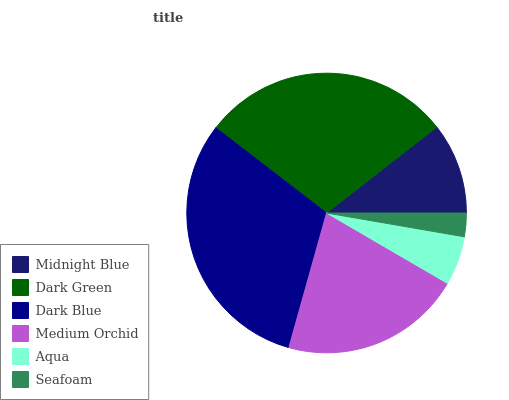
| Midnight Blue | Dark Green | Dark Blue | Medium Orchid | Aqua | Seafoam |
 | --- | --- | --- | --- | --- | --- |
 | 10.6% | 29% | 31.1% | 21% | 5.67% | 2.72% |